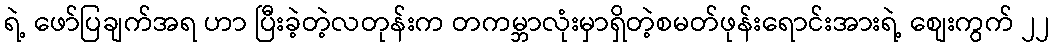
ရဲ့ ဖော်ပြချက်အရ ဟာ ပြီးခဲ့တဲ့လတုန်းက တကမ္ဘာလုံးမှာရှိတဲ့စမတ်ဖုန်းရောင်းအားရဲ့ စျေးကွက် ၂၂